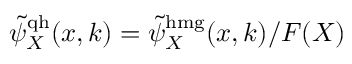
\tilde { \psi } _ { X } ^ { \mathrm { q h } } ( x , k ) = \tilde { \psi } _ { X } ^ { \mathrm { h m g } } ( x , k ) / F ( X )